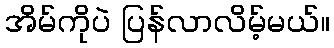
အိမ်ကိုပဲ ပြန်လာလိမ့်မယ်။